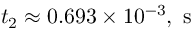
t _ { 2 } \approx 0 . 6 9 3 \times 1 0 ^ { - 3 } , \mathrm { ~ s ~ }